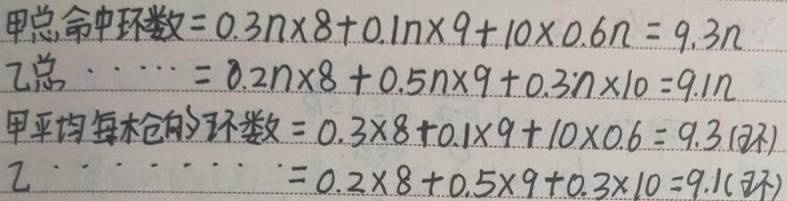
甲总命中环数：
\[
\begin{align*}
&0.3n\times8 + 0.1n\times9+10\times0.6n \\
=&2.4n + 0.9n + 6n\\
=&9.3n
\end{align*}
\]

乙总命中环数：
\[
\begin{align*}
&0.2n\times8 + 0.5n\times9+0.3n\times10 \\
=&1.6n + 4.5n + 3n\\
=&9.1n
\end{align*}
\]

甲平均每枪的环数：
\[
\begin{align*}
&0.3\times8 + 0.1\times9+10\times0.6 \\
=&2.4 + 0.9 + 6\\
=&9.3(\text{环})
\end{align*}
\]

乙平均每枪的环数：
\[
\begin{align*}
&0.2\times8 + 0.5\times9+0.3\times10 \\
=&1.6 + 4.5 + 3\\
=&9.1(\text{环})
\end{align*}
\]